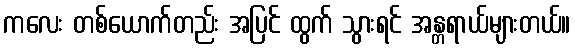
ကလေး တစ်ယောက်တည်း အပြင် ထွက် သွားရင် အန္တရာယ်များတယ်။